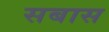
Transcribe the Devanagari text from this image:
सबास